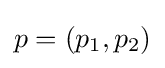
p=(p_{1},p_{2})